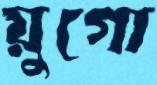
য়ুগো